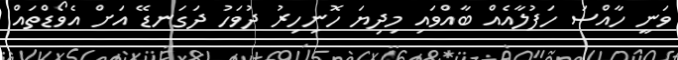
ވަނީ ހާއްސަ ހަފުލާއެއް ބާއްވައި މިދިޔަ ހޮނިހިރު ދުވަހު ދަގަނޑޭ އަށް އެވޯޑްތައް